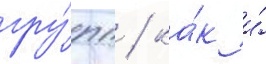
гру́пп / ка́к и́